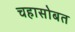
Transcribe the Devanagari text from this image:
चहासोबत